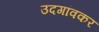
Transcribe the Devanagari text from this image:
उदगांवकर